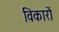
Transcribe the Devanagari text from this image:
विकारों